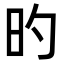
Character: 旳